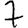
Digit: 7